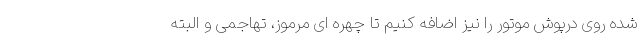
شده روی درپوش موتور را نیز اضافه کنیم تا چهره ای مرموز، تهاجمی و البته